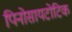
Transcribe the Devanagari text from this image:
पिनोसायटोटिक